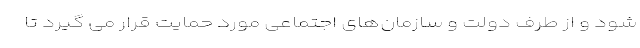
شود و از طرف دولت و سازمان‌های اجتماعی مورد حمایت قرار می گیرد تا